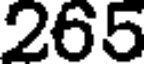
265